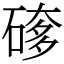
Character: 䃎